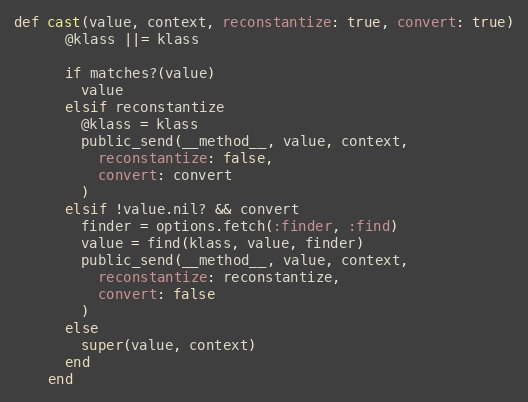
Language: Ruby
def cast(value, context, reconstantize: true, convert: true)
      @klass ||= klass

      if matches?(value)
        value
      elsif reconstantize
        @klass = klass
        public_send(__method__, value, context,
          reconstantize: false,
          convert: convert
        )
      elsif !value.nil? && convert
        finder = options.fetch(:finder, :find)
        value = find(klass, value, finder)
        public_send(__method__, value, context,
          reconstantize: reconstantize,
          convert: false
        )
      else
        super(value, context)
      end
    end